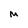
Character: M